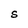
Character: S